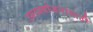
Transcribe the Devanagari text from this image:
उपाययोजनांसाठी